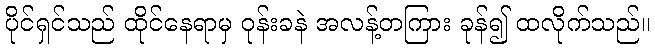
ပိုင်ရှင်သည် ထိုင်နေရာမှ ဝုန်းခနဲ အလန့်တကြား ခုန်၍ ထလိုက်သည်။